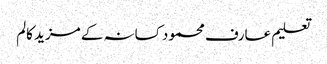
تعلیم عارف محمود کسانہ کے مزید کالم